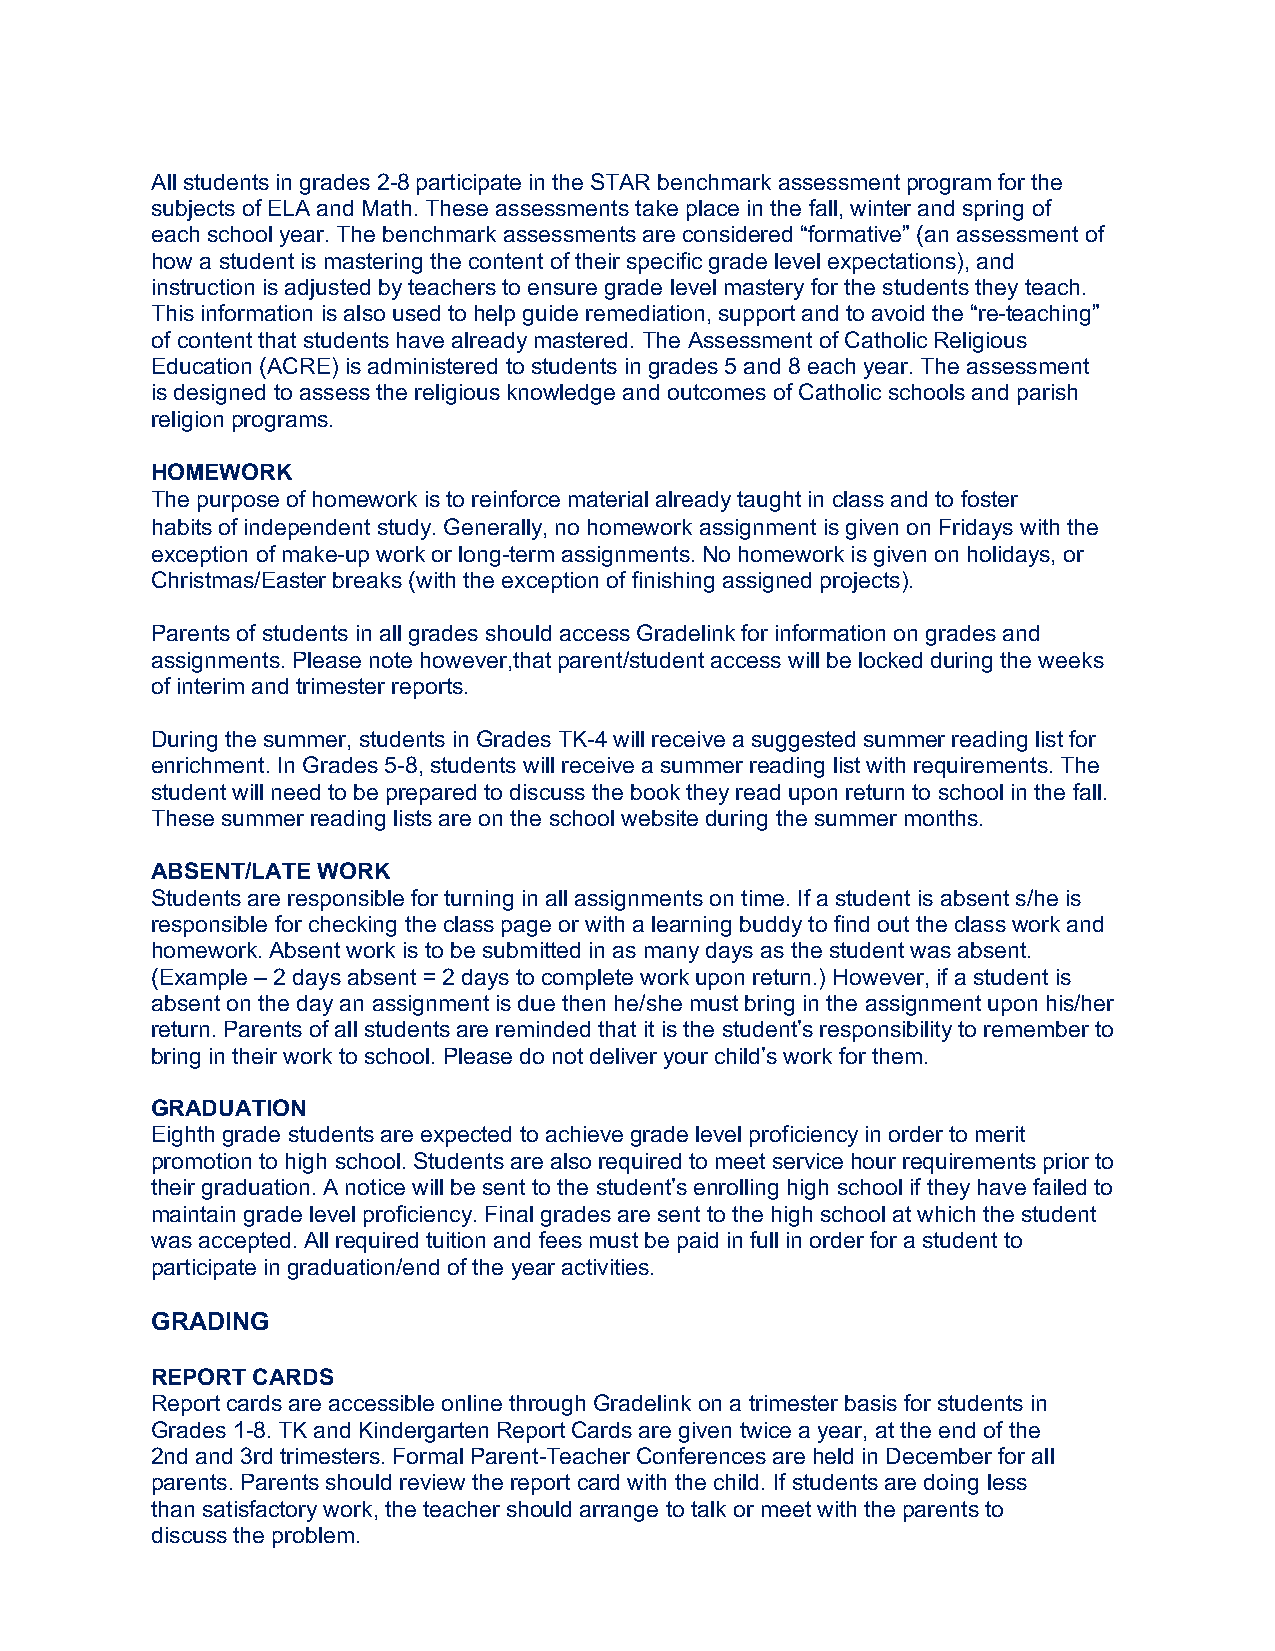
All students in grades 2-8 participate in the STAR benchmark assessment program for the
 subjects of ELA and Math. These assessments take place in the fall, winter and spring of
 each school year. The benchmark assessments are considered “formative” (an assessment of
 how a student is mastering the content of their specific grade level expectations), and
 instruction is adjusted by teachers to ensure grade level mastery for the students they teach.
 This information is also used to help guide remediation, support and to avoid the “re-teaching”
 of content that students have already mastered. The Assessment of Catholic Religious
 Education (ACRE) is administered to students in grades 5 and 8 each year. The assessment
 is designed to assess the religious knowledge and outcomes of Catholic schools and parish
 religion programs.
 HOMEWORK
 The purpose of homework is to reinforce material already taught in class and to foster
 habits of independent study. Generally, no homework assignment is given on Fridays with the
 exception of make-up work or long-term assignments. No homework is given on holidays, or
 Christmas/Easter breaks (with the exception of finishing assigned projects).
 Parents of students in all grades should access Gradelink for information on grades and
 assignments. Please note however,that parent/student access will be locked during the weeks
 of interim and trimester reports.
 During the summer, students in Grades TK-4 will receive a suggested summer reading list for
 enrichment. In Grades 5-8, students will receive a summer reading list with requirements. The
 student will need to be prepared to discuss the book they read upon return to school in the fall.
 These summer reading lists are on the school website during the summer months.
 ABSENT/LATE WORK
 Students are responsible for turning in all assignments on time. If a student is absent s/he is
 responsible for checking the class page or with a learning buddy to find out the class work and
 homework. Absent work is to be submitted in as many days as the student was absent.
 (Example ‒ 2 days absent = 2 days to complete work upon return.) However, if a student is
 absent on the day an assignment is due then he/she must bring in the assignment upon his/her
 return. Parents of all students are reminded that it is the student’s responsibility to remember to
 bring in their work to school. Please do not deliver your child’s work for them.
 GRADUATION
 Eighth grade students are expected to achieve grade level proficiency in order to merit
 promotion to high school. Students are also required to meet service hour requirements prior to
 their graduation. A notice will be sent to the student’s enrolling high school if they have failed to
 maintain grade level proficiency. Final grades are sent to the high school at which the student
 was accepted. All required tuition and fees must be paid in full in order for a student to
 participate in graduation/end of the year activities.
 GRADING
 REPORT CARDS
 Report cards are accessible online through Gradelink on a trimester basis for students in
 Grades 1-8. TK and Kindergarten Report Cards are given twice a year, at the end of the
 2nd and 3rd trimesters. Formal Parent-Teacher Conferences are held in December for all
 parents. Parents should review the report card with the child. If students are doing less
 than satisfactory work, the teacher should arrange to talk or meet with the parents to
 discuss the problem.